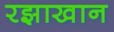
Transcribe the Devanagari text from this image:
रझाखान